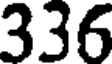
336